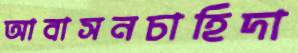
আবাসনচাহিদা